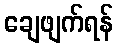
ချေဖျက်ရန်